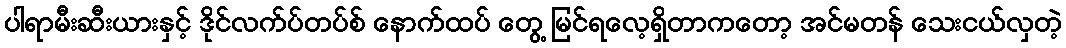
ပါရာမီးဆီးယားနှင့် ဒိုင်လက်ပ်တပ်စ် နောက်ထပ် တွေ့ မြင်ရလေ့ရှိတာကတော့ အင်မတန် သေးငယ်လှတဲ့